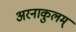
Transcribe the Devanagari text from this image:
अरनाकुलम्‌